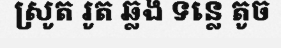
ស្រូត រូត ឆ្លង ទន្លេ តូច